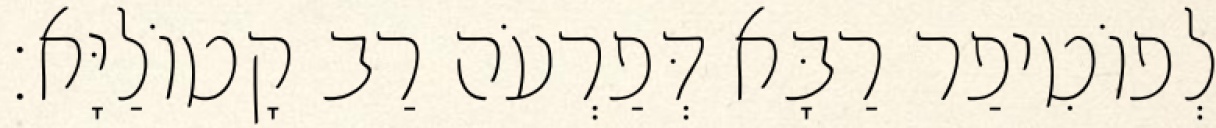
לְפוֹטִיפַר רַבָּא דְּפַרְעֹה רַב קָטוֹלַיָּא׃